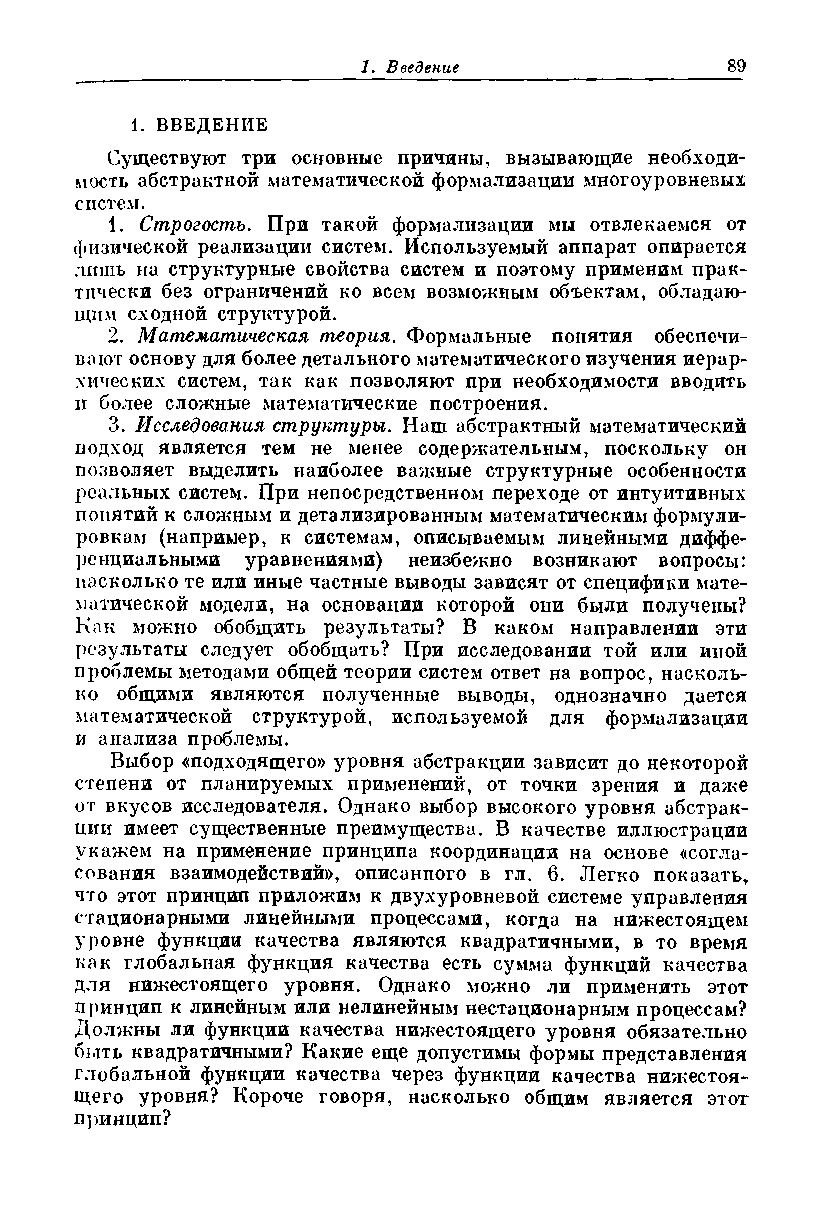
1. ВВЕДЕНИЕ
 Существуют три основные причины, вызывающие необходи­
 мость абстрактной математической формализации многоуровневых
 систем.
 1. Строгость. При такой формализации мы отвлекаемся от
 физической реализации систем. Используемый аппарат опирается
 лишь на структурные свойства систем и поэтому применим прак­
 тически без ограничений ко всем возможным объектам, обладаю­
 щем сходной структурой.
 2. Математическая теория. Формальные понятия обеспечи­
 вают основу для более детального математического изучения иерар­
 хических систем, так как позволяют при необходимости вводить
 н более сложные математические построения.
 3. Исследования структуры. Наш абстрактный математический
 подход является тем не менее содержательным, поскольку он
 позволяет выделить наиболее важные структурные особенности
 реальных систем. При непосредственном переходе от интуитивных
 понятий к сложным и детализированным математическим формули­
 ровкам (например, к системам, описываемым линейными диффе­
 ренциальными уравнениями) неизбежно возникают вопросы:
 насколько те или иные частные выводы зависят от специфики мате­
 матической модели, на основании которой они были получены?
 Как можно обобщить результаты? В каком направлении эти
 результаты следует обобщать? При исследовании той или иной
 проблемы методами общей теории систем ответ на вопрос, насколь­
 ко общими являются полученные выводы, однозначно дается
 математической структурой, используемой для формализации
 и анализа проблемы.
 Выбор «подходящего» уровня абстракции зависит до некоторой
 степени от планируемых применений, от точки зрения и даже
 от вкусов исследователя. Однако выбор высокого уровня абстрак­
 ции имеет существенные преимущества. В качестве иллюстрации
 укажем на применение принципа координации на основе «согла­
 сования взаимодействий», описанного в гл. 6. Легко показать*
 что этот принцип приложим к двухуровневой системе управления
 стационарными линейными процессами, когда на нижестоящем
 уровне функции качества являются квадратичными, в то время
 как глобальная функция качества есть сумма функций качества
 для нижестоящего уровня. Однако можно ли применить этот
 принцип к линейным или нелинейным нестационарным процессам?
 Должны ли функции качества нижестоящего уровня обязательно
 быть квадратичными? Какие еще допустимы формы представления
 глобальной функции качества через функции качества нижестоя­
 щего уровня? Короче говоря, насколько общим является этот
 принцип?